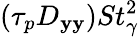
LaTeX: (\tau_{p}D_{\mathbf{y}\mathbf{y}})St_{\gamma}^{2}